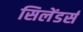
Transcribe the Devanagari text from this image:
सिलेंडर्स